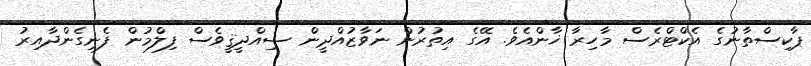
ޕާކިސްތާނުގެ އެކްޓްރެސް މާހިރާ ޚާންއެވެ. އޭގެ އިތުރުން ނަވާޒުއްދީން ޞިއްދީޤީވެސް ފިލްމުން ފެނިގެންދާއިރު